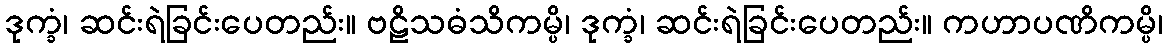
ဒုက္ခံ၊ ဆင်းရဲခြင်းပေတည်း။ ဗဠိသဓံသိကမ္ပိ၊ ဒုက္ခံ၊ ဆင်းရဲခြင်းပေတည်း။ ကဟာပဏိကမ္ပိ၊